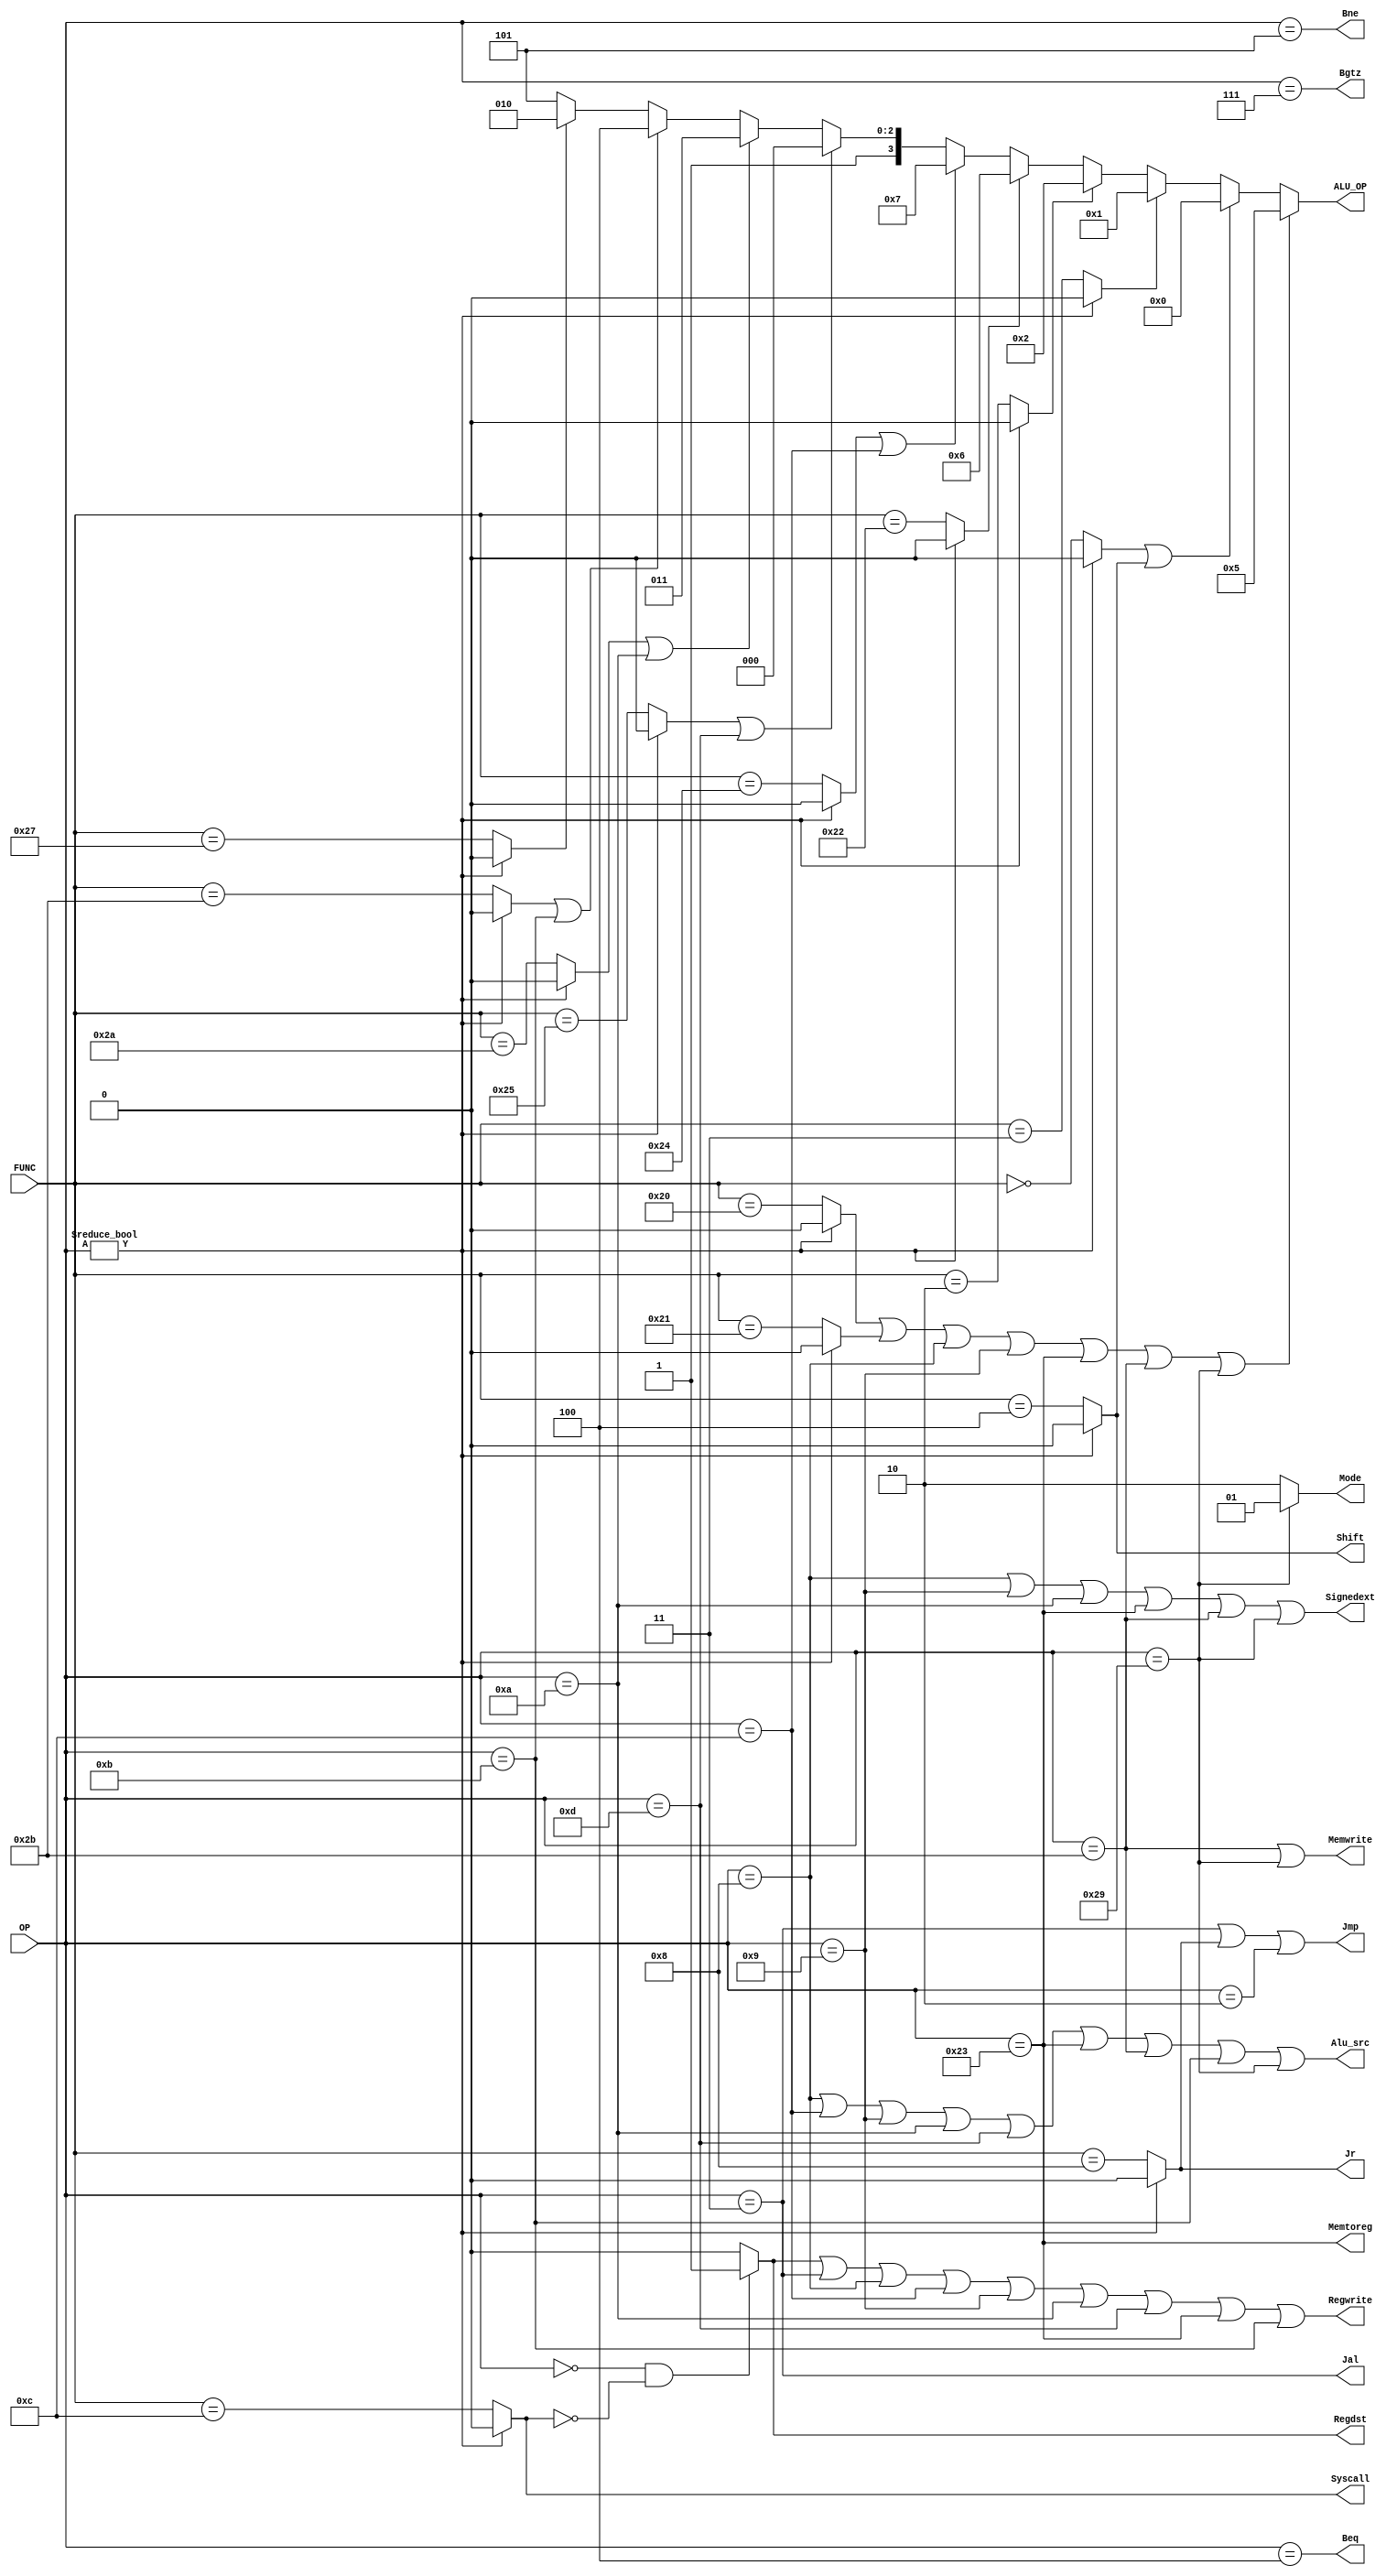
`timescale 1ns / 1ps
module control(
    input [5:0] OP,
    input [5:0]FUNC,
    output wire  [3:0]ALU_OP,
    output wire  Memtoreg, Memwrite, Alu_src, Regwrite, Syscall, Signedext, Regdst, Beq, Bne, Jr, Jmp, Jal, Shift,  Bgtz, 
    output wire[1:0]Mode
    );
    reg SLL, SRA, SRL, ADD, ADDU, SUB, AND, OR, NOR, SLT, SLTU, JR, SYSCALL, SLLV;
    reg R_type;
	wire J,JAL,BEQ,BNE,BLEZ,BGTZ,ADDI,ADDIU,SLTI,SLTIU,ANDI,ORI,LW,SW,SH;
    initial begin
		SLL = 0; 
		SRA = 0; 
		SRL = 0; 
		ADD = 0;
		ADDU = 0; 
		SUB = 0; 
		AND = 0; 
		OR = 0; 
		NOR = 0; 
		SLT = 0; 
		SLTU = 0; 
		JR = 0; 
		SYSCALL = 0;  
		SLLV = 0; 
	end

	assign  Mode = (SH)? 2'b01 : 2'b10;
	assign  Memtoreg = LW ;
    assign  Memwrite = SW || SH;
    assign  Alu_src = ADDI || ANDI || ADDIU || SLTI || ORI || LW || SW || SLTIU || SH;
    assign  Regwrite = R_type || JAL || ADDI || ANDI || ADDIU || SLTI || ORI || LW || SLTIU ;
    assign  Syscall = SYSCALL;
    assign  Signedext = ADDI || ADDIU || SLTI || LW || SW || SH;
    assign  Regdst = R_type;
    assign  Beq = BEQ;
    assign  Bne = BNE;
    assign  Jr = JR;
    assign  Jmp = JAL || Jr || J;
    assign  Jal = JAL;
    assign  Shift = SLLV ;
    assign  Bgtz = BGTZ;
	assign  ALU_OP = (ADD || ADDU || ADDI || ADDIU || LW || SW ||SH) ? 5 :
                (SLL || SLLV ) ? 0 :
                (SRA ) ? 1 :
                (SRL ) ? 2 :
                (SUB ) ? 6 :
                (AND || ANDI) ? 7 :
                (OR || ORI) ? 8 :
                (SLT || SLTI) ? 11 :
                (SLTU || SLTIU) ? 12 : 
                NOR ? 10 : 13;

    assign  J = (OP == 2);
    assign  JAL = (OP == 3);
    assign  BEQ = (OP == 4);
    assign  BNE = (OP == 5);
    assign  BGTZ = (OP == 7);
    assign  ADDI = (OP == 8);
    assign  ADDIU = (OP == 9);
    assign  SLTI = (OP == 10);
    assign  SLTIU = (OP == 11);
    assign  ANDI = (OP == 12);
    assign  ORI = (OP == 13);
    assign  LW = (OP == 35);
    assign  SH = (OP == 41);
    assign  SW = (OP == 43);

	always @(OP or FUNC) begin	
		# 3
        if (OP == 0 && SYSCALL == 0)begin
            R_type = 1;
        end
        else R_type = 0;
	end
	
	always @(OP or FUNC) begin
		if(OP!=0)begin
			SLL = 0;
			SRA = 0;
			SRL = 0;
			ADD = 0;
			ADDU = 0;
			SUB = 0;
			AND = 0;
			OR = 0;
			NOR = 0;
			SLT = 0;
			SLTU = 0;
			JR = 0;
			SYSCALL = 0;
			SLLV = 0;
		end		
		else begin
		SLL = (FUNC == 0);
		SRL = (FUNC == 2);
		SRA = (FUNC == 3);
		SLLV = (FUNC == 4);
		JR = (FUNC == 8);
		SYSCALL = (FUNC == 12);
		ADD = (FUNC == 32);
		SUB = (FUNC == 34);
		ADDU = (FUNC == 33);
		AND = (FUNC == 36);
		OR = (FUNC == 37);
		NOR = (FUNC == 39);
		SLT = (FUNC == 42);
		SLTU = (FUNC == 43);
		end

	end
endmodule